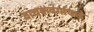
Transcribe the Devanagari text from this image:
वाचकवर्गाकडे